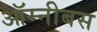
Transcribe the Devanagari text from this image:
ऑम्नीबस